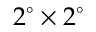
2 ^ { \circ } \times 2 ^ { \circ }